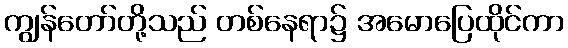
ကျွန်တော်တို့သည် တစ်နေရာ၌ အမောပြေထိုင်ကာ